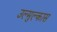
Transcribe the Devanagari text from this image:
उल्मुल्कास